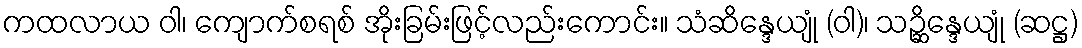
ကထလာယ ဝါ၊ ကျောက်စရစ် အိုးခြမ်းဖြင့်လည်းကောင်း။ သံဆိန္ဒေယျုံ (ဝါ)၊ သဉ္ဆိန္ဒေယျုံ (ဆဋ္ဌ)